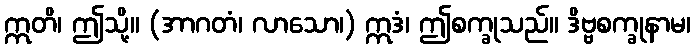
ဣတိ၊ ဤသို့။ (အာဂတံ၊ လာသော၊) ဣဒံ၊ ဤစက္ခုသည်။ ဒိဗ္ဗစက္ခုနာမ၊